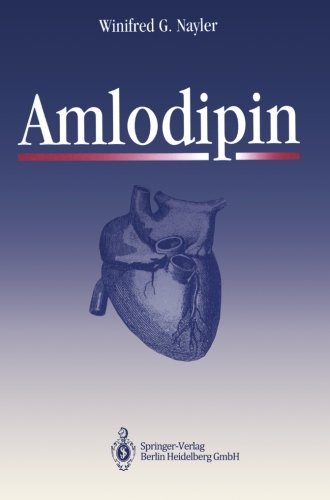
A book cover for Amlodipin (German Edition); Winifred G. Nayler; Medical Books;